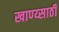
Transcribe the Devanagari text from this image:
खाण्य्साठी